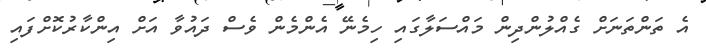
އެ ތަންތަނަށް ގެއްލުންދިން މައްސަލާގައި ހިމެނޭ އެންމެން ވެސް ދައުވާ އަށް އިންކާރުކޮށްފައި